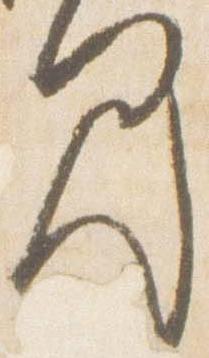
見